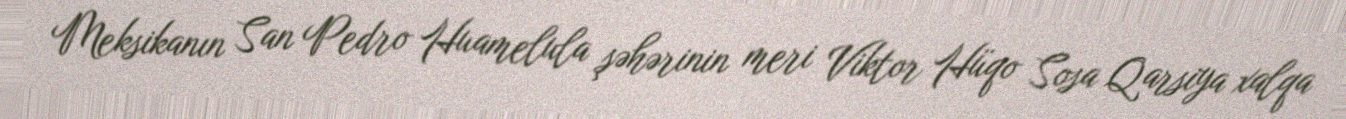
Meksikanın San Pedro Huamelula şəhərinin meri Viktor Hüqo Sosa Qarsiya xalqa